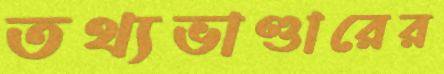
তথ্যভাণ্ডারের